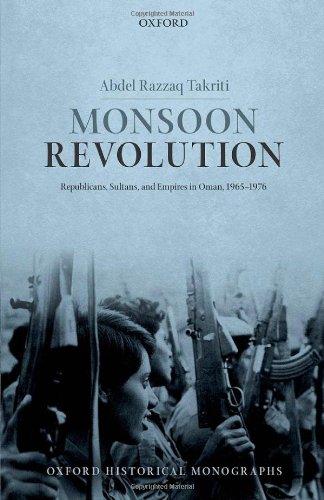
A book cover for Monsoon Revolution: Republicans, Sultans, and Empires in Oman, 1965-1976 (Oxford Historical Monographs); Abdel Razzaq Takriti; History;